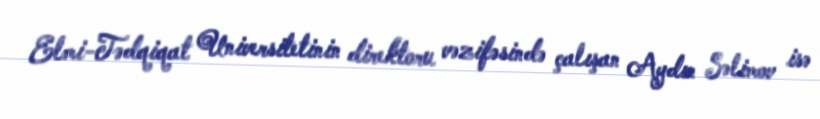
Elmi-Tədqiqat Universitetinin direktoru vəzifəsində çalışan Aydın Səlimov isə